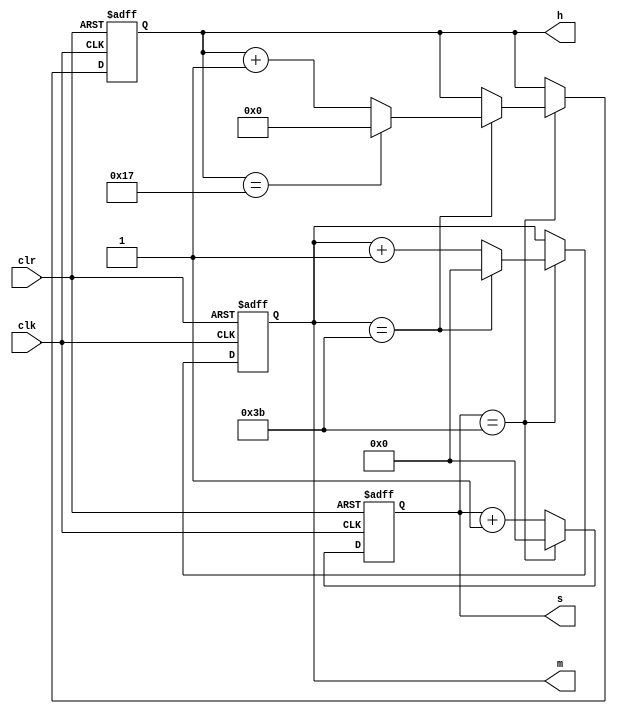
`timescale 1ns / 1ps
//////////////////////////////////////////////////////////////////////////////////
// Company: 
// Engineer: 
// 
// Design Name: 
// Module Name: count_time
// Project Name: 
// Target Devices: 
// Tool Versions: 
// Description: 
// 
// Dependencies: 
// 
// Revision:
// Revision 0.01 - File Created
// Additional Comments:
// 
//////////////////////////////////////////////////////////////////////////////////


module count_time(
    input wire clk,
    input wire clr,
    output reg [4:0] h,
    output reg [5:0] m,
    output reg [5:0] s
    );
    reg clr1;
    always @ (posedge clk or posedge clr)
    begin
        if (clr == 1  )
         begin
            h <= 0;
            m <= 0;
            s <= 0;
         end
        else 
             begin
                if (s == 6'b111011)
                begin
                    s <= 0;
                    if (m == 6'b111011)
                    begin 
                        m <= 0;
                        if (h == 5'b10111)
                            h <= 0;
                        else h <= h + 1'b1;
                    end
                    else begin  m <= m + 1'b1;  end
                 end
                 else s <= s + 1'b1;
              end
   end  
endmodule